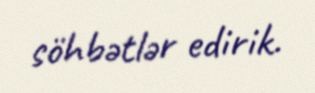
söhbətlər edirik.